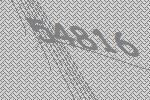
54816